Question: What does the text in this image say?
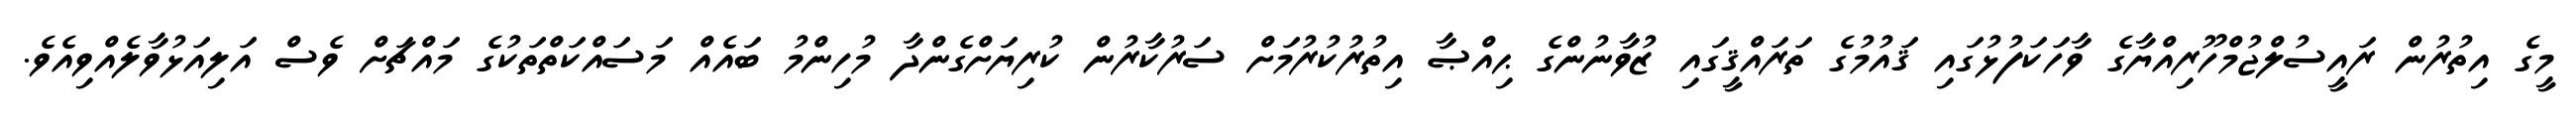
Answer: މީގެ އިތުރުން ރައީސުލްޖުމްހޫރިއްޔާގެ ވާހަކަފުޅުގައި ޤައުމުގެ ތަރައްޤީގައި ޒުވާނުންގެ ޙިއްޞާ އިތުރުކުރުމަށް ސަރުކާރުން ކުރިޔަށްގެންދާ މުހިންމު ބައެއް މަސައްކަތްތަކުގެ މައްޗަށް ވެސް އަލިއަޅުވާލެއްވިއެވެ.